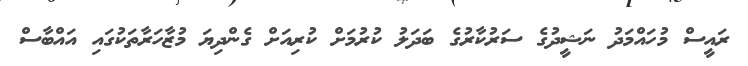
ރައީސް މުހައްމަދު ނަޝީދުގެ ސަރުކާރުގެ ބަދަލު ކުރުމަށް ކުރިއަށް ގެންދިޔަ މުޒާހަރާތަކުގައި އައްބާސް